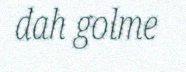
dah golme